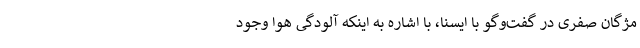
مژگان صفری در گفت‌وگو با ایسنا، با اشاره به اینکه آلودگی هوا وجود